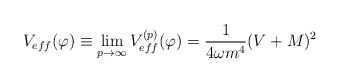
\begin{align*}V_{eff}(\varphi)\equiv\lim_{p \to \infty}V^{(p)}_{eff}(\varphi)=\frac{1}{4\omega m^{4}}(V+M)^{2} \end{align*}